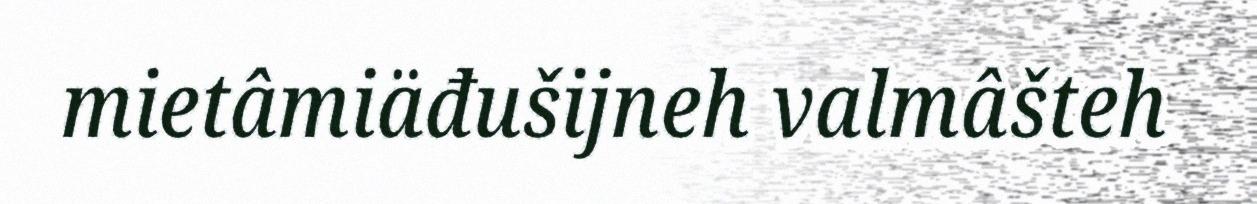
mietâmiäđušijneh valmâšteh